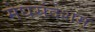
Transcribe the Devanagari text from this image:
मेघसंदेशम्